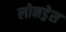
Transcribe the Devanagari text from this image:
लोनड्रेस